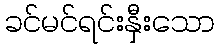
ခင်မင်ရင်းနှီးသော